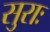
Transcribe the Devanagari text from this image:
सुराः